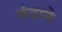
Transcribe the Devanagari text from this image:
मंदाने